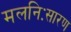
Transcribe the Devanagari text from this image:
मलनिःसारण